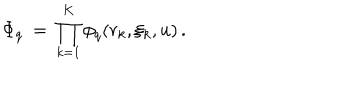
\Phi _ { q } \: = \: \prod _ { k = 1 } ^ { K } \phi _ { q } ( r _ { k } , \xi _ { k } , u ) \, .